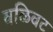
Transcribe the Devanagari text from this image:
वळिवट